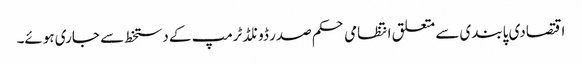
اقتصادی پابندی سے متعلق انتظامی حکم صدر ڈونلڈ ٹرمپ کے دستخط سے جاری ہوئے۔